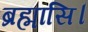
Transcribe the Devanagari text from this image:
ब्रह्मासि।